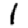
Digit: 1